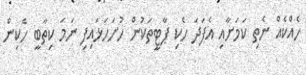
ހެއްކެއް ނެތި ކަމަށާއި އެފަދަ ހެކި ޕާޓީތަކުން ހުށަހަޅައިފި ނަމަ ކިތާބީ ހެކިން